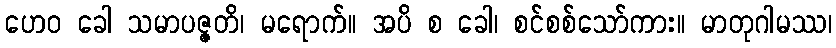
ဟေဝ ခေါ သမာပဇ္ဇတိ၊ မရောက်။ အပိ စ ခေါ၊ စင်စစ်သော်ကား။ မာတုဂါမဿ၊